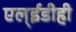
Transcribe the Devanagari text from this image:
एल्‌ईडीही